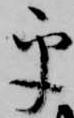
乎